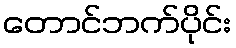
တောင်ဘက်ပိုင်း